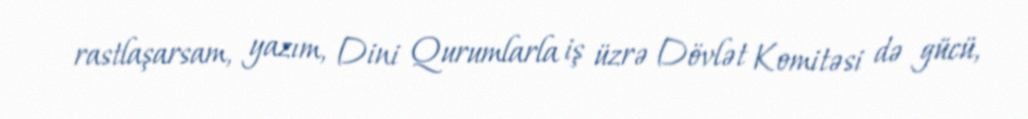
rastlaşarsam, yazım, Dini Qurumlarla iş üzrə Dövlət Komitəsi də gücü,